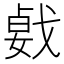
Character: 𢧛